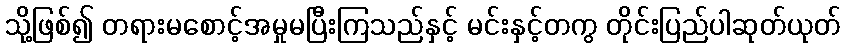
သို့ဖြစ်၍ တရားမစောင့်အမှုမပြီးကြသည်နှင့် မင်းနှင့်တကွ တိုင်းပြည်ပါဆုတ်ယုတ်